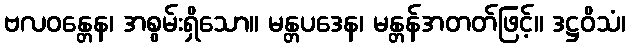
ဗလဝန္တေန၊ အစွမ်းရှိသော။ မန္တပဒေန၊ မန္တန်အတတ်ဖြင့်။ ဒဋ္ဌဝိသံ၊